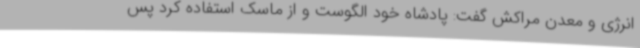
انرژی و معدن مراکش گفت: پادشاه خود الگوست و از ماسک استفاده کرد پس